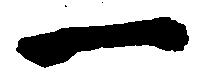
一